Annual report of the Punjab Veterinary College and of the Civil Veterinary Department, Punjab - 1920-1925
Year: 1920
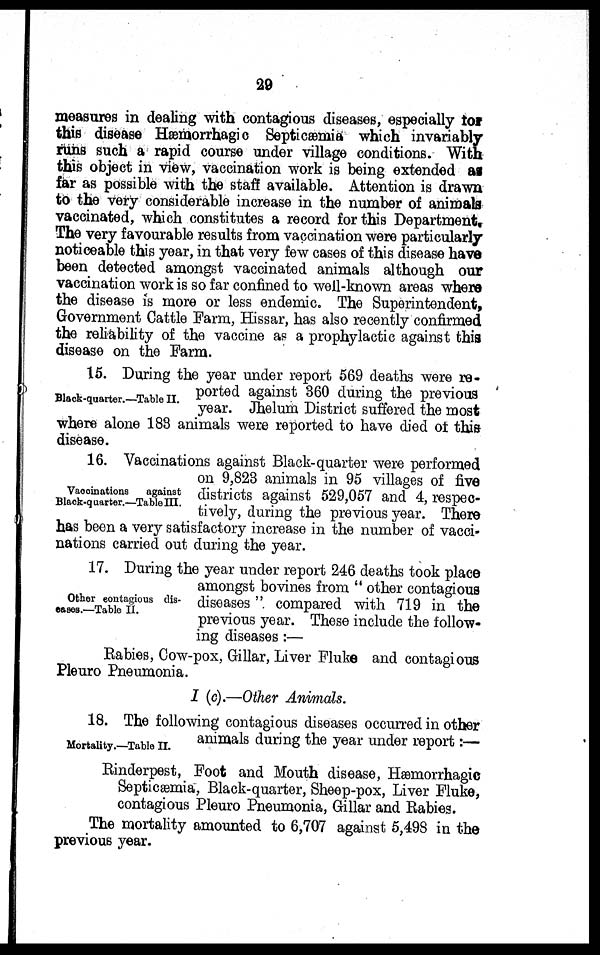
29
measures in dealing with contagious diseases, especially for
this disease Hæmorrhagic Septicæmia which invariably
runs such a rapid course under village conditions. With
this object in view, vaccination work is being extended as
far as possible with the staff available. Attention is drawn
to the very considerable increase in the number of animals
vaccinated, which constitutes a record for this Department.
The very favourable results from vaccination were particularly
noticeable this year, in that very few cases of this disease have
been detected amongst vaccinated animals although our
vaccination work is so far confined to well-known areas where
the disease is more or less endemic. The Superintendent,
Government Cattle Farm, Hissar, has also recently confirmed
the reliability of the vaccine as a prophylactic against this
disease on the Farm.
Black-quarter.—Table II.
15. During the year under report 569 deaths were re-
ported against 360 during the previous
year. Jhelum District suffered the most
where alone 183 animals were reported to have died of this
disease.
Vaccinations
against
Black-quarter.—Table III.
16. Vaccinations against Black-quarter were performed
on 9,823 animals in 95 villages of five
districts against 529,057 and 4, respec-
tively, during the previous year. There
has been a very satisfactory increase in the number of vacci-
nations carried out during the year.
Other contagious dis-
eases.—Table II.
17. During the year under report 246 deaths took place
amongst bovines from "other contagious
diseases" compared with 719 in the
previous year. These include the follow-
ing diseases:—
Rabies, Cow-pox, Gillar, Liver Fluke and contagious
Pleuro Pneumonia.
I (c).—Other Animals.
Mortality.—Table II.
18. The following contagious diseases occurred in other
animals during the year under report:—
Rinderpest, Foot and Mouth disease, Hæmorrhagic
Septicæmia, Black-quarter, Sheep-pox, Liver Fluke,
contagious Pleuro Pneumonia, Gillar and Rabies.
The mortality amounted to 6,707 against 5,498 in the
previous year.